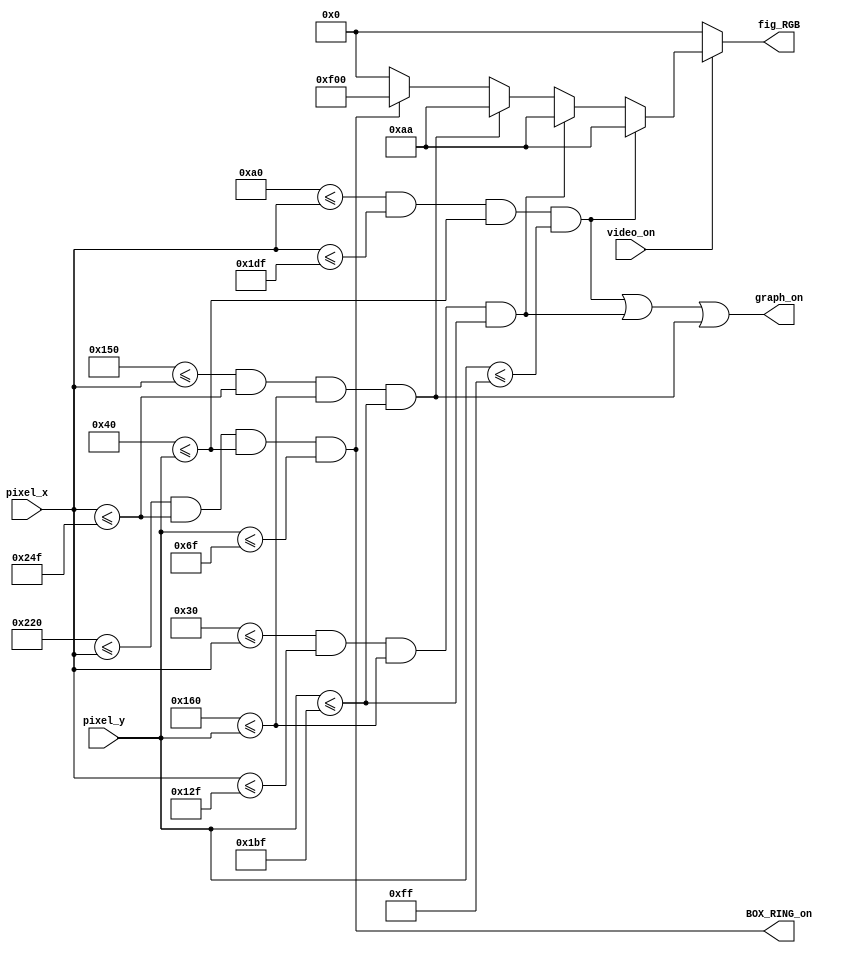
`timescale 1ns / 1ps
//////////////////////////////////////////////////////////////////////////////////
// Company: 
// 
// Design Name: 
// Module Name:    generador_figuras 
// Project Name: 
// Target Devices: 
// Tool versions: 
// Description: Este mdulo debe encargarse de generar recuadros que encierran a la hora, fecha, timer,
//as como la figura de "ring" para el timer.
//
// Dependencies: 
//
// Revision: 
// Revision 0.01 - File Created
// Additional Comments: 
//
//////////////////////////////////////////////////////////////////////////////////
module generador_figuras
(
input wire video_on,//seal que indica que se encuentra en la regin visible de resolucin 640x480
input wire [9:0] pixel_x, pixel_y,//coordenadas xy de cada pixel
output wire graph_on,
output wire BOX_RING_on,
output reg [11:0] fig_RGB //12 bpp (4 bits para cada color)
);

//Declaracin de constantes y seales

//Coordenas xy de la regin visible
localparam MAX_X = 640;
localparam MAX_Y = 480;

//Lmites del recuadro para la hora (320x192)
localparam BOX_H_XL = 160; //Lmite izquierdo
localparam BOX_H_XR = 479; //Lmite derecho
localparam BOX_H_YT = 64;// Lmite superior
localparam BOX_H_YB = 255;//Lmite inferior

//Lmites del recuadro para la fecha (256x96)
localparam BOX_F_XL = 48;//Lmite izquierdo
localparam BOX_F_XR = 303;//Lmite derecho
localparam BOX_F_YT = 352;//Lmite superior
localparam BOX_F_YB = 447;//Lmite inferior

//Lmites del recuadro para el timer (256x96)
localparam BOX_T_XL = 336;//Lmite izquierdo
localparam BOX_T_XR = 591;//Lmite derecho
localparam BOX_T_YT = 352;//Lmite superior
localparam BOX_T_YB = 447;//Lmite inferior

//Lmites del recuadro para de alarma "ring" (48x48)
localparam BOX_RING_XL = 544;//Lmite izquierdo
localparam BOX_RING_XR = 591;//Lmite derecho
localparam BOX_RING_YT = 64;// Lmite superior
localparam BOX_RING_YB = 111;//Lmite inferior

//Seales de salida de los objetos
wire BOX_H_on, BOX_F_on, BOX_T_on;
wire [11:0] BOX_H_RGB, BOX_F_RGB, BOX_T_RGB, BOX_RING_RGB;

/*Para rellenar con pxeles dentro de los lmites 
de los objetos*/

//Recuadro HORA
assign BOX_H_on = (BOX_H_XL<=pixel_x)&&(pixel_x<=BOX_H_XR)
						&&(BOX_H_YT<=pixel_y)&&(pixel_y<=BOX_H_YB);

assign BOX_H_RGB = 12'h0AA;//Turquesa oscuro

//Recuadro FECHA
assign BOX_F_on = (BOX_F_XL<=pixel_x)&&(pixel_x<=BOX_F_XR)
						&&(BOX_F_YT<=pixel_y)&&(pixel_y<=BOX_F_YB);

assign BOX_F_RGB = 12'h0AA;//Turquesa oscuro

//Recuadro TIMER
assign BOX_T_on = (BOX_T_XL<=pixel_x)&&(pixel_x<=BOX_T_XR)
						&&(BOX_T_YT<=pixel_y)&&(pixel_y<=BOX_T_YB);

assign BOX_T_RGB = 12'h0AA;//Turquesa oscuro

//Recuadro RING
assign BOX_RING_on = (BOX_RING_XL<=pixel_x)&&(pixel_x<=BOX_RING_XR)
						&&(BOX_RING_YT<=pixel_y)&&(pixel_y<=BOX_RING_YB);

assign BOX_RING_RGB = 12'hF00;//Rojo puro

//Multiplexar la salida RGB
always @*
begin	
	if(~video_on)
		fig_RGB = 12'b0;//fondo negro
	
	else
		if (BOX_H_on) fig_RGB = BOX_H_RGB;
		else if (BOX_F_on) fig_RGB = BOX_F_RGB;
		else if (BOX_T_on) fig_RGB = BOX_T_RGB;
		else if (BOX_RING_on) fig_RGB = BOX_RING_RGB;
		else fig_RGB = 12'b0;//fondo negro
end

assign graph_on = BOX_H_on | BOX_F_on | BOX_T_on;
	
endmodule